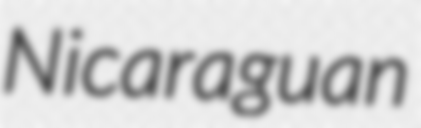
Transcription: Nicaraguan